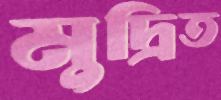
মুদ্রিত